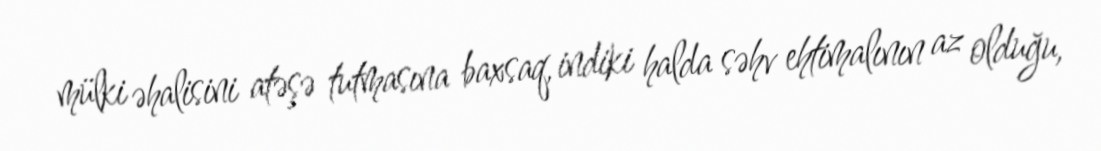
mülki əhalisini atəşə tutmasına baxsaq, indiki halda səhv ehtimalının az olduğu,